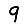
Digit: 9